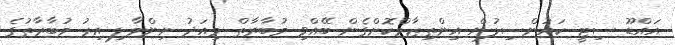
އައްޑޫ ސިޓީ ކައުންސިލުން އިންތިޒާމްކޮށްގެން ބޭއްވި މުބާރާތް މިއަދު ނިންމާލި އިރު މުބާރާތުގެ